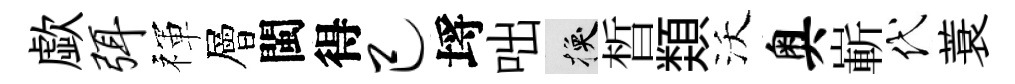
歔弭禈層閩得己埓咄换晳𩔖沃奥嶄代蓑